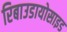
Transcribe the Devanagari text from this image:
रिबाउडायोसाइड